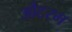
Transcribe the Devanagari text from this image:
औटरम